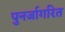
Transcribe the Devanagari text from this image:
पुनर्जागरित